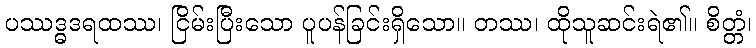
ပဿဒ္ဓဒရထဿ၊ ငြိမ်းပြီးသော ပူပန်ခြင်းရှိသော။ တဿ၊ ထိုသူဆင်းရဲ၏။ စိတ္တံ၊